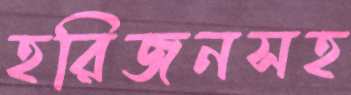
হরিজনসহ